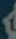
)